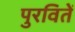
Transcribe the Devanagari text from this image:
पुरवितें